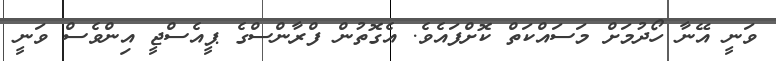
ވަނީ އޭނާ ހޯދުމަށް މަސައްކަތް ކޮށްފައެވެ. އެގޮތުން ފްރާންސްގެ ޕީއެސްޖީ އިންވެސް ވަނީ